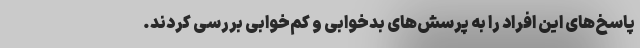
پاسخ‌های این افراد را به پرسش‌های بدخوابی و کم‌خوابی بررسی کردند.